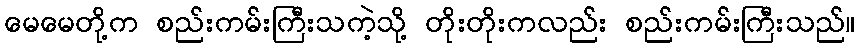
မေမေတို့က စည်းကမ်းကြီးသကဲ့သို့ တိုးတိုးကလည်း စည်းကမ်းကြီးသည်။